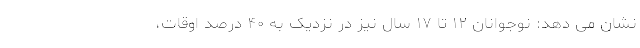
نشان می دهد: نوجوانان ۱۲ تا ۱۷ سال نیز در نزدیک به ۴۰ درصد اوقات،